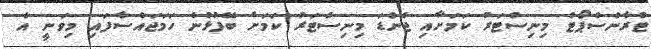
ޓްރާންސްޕޯޓް މިނިސްޓަރު ކަމަށާއި ޖެންޑަ މިނިސްޓަރު ކަމަށް ބޭފުޅުން ހަމަޖައްސާފައި މިވަނީ އެ